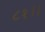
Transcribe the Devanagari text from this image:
८१।।